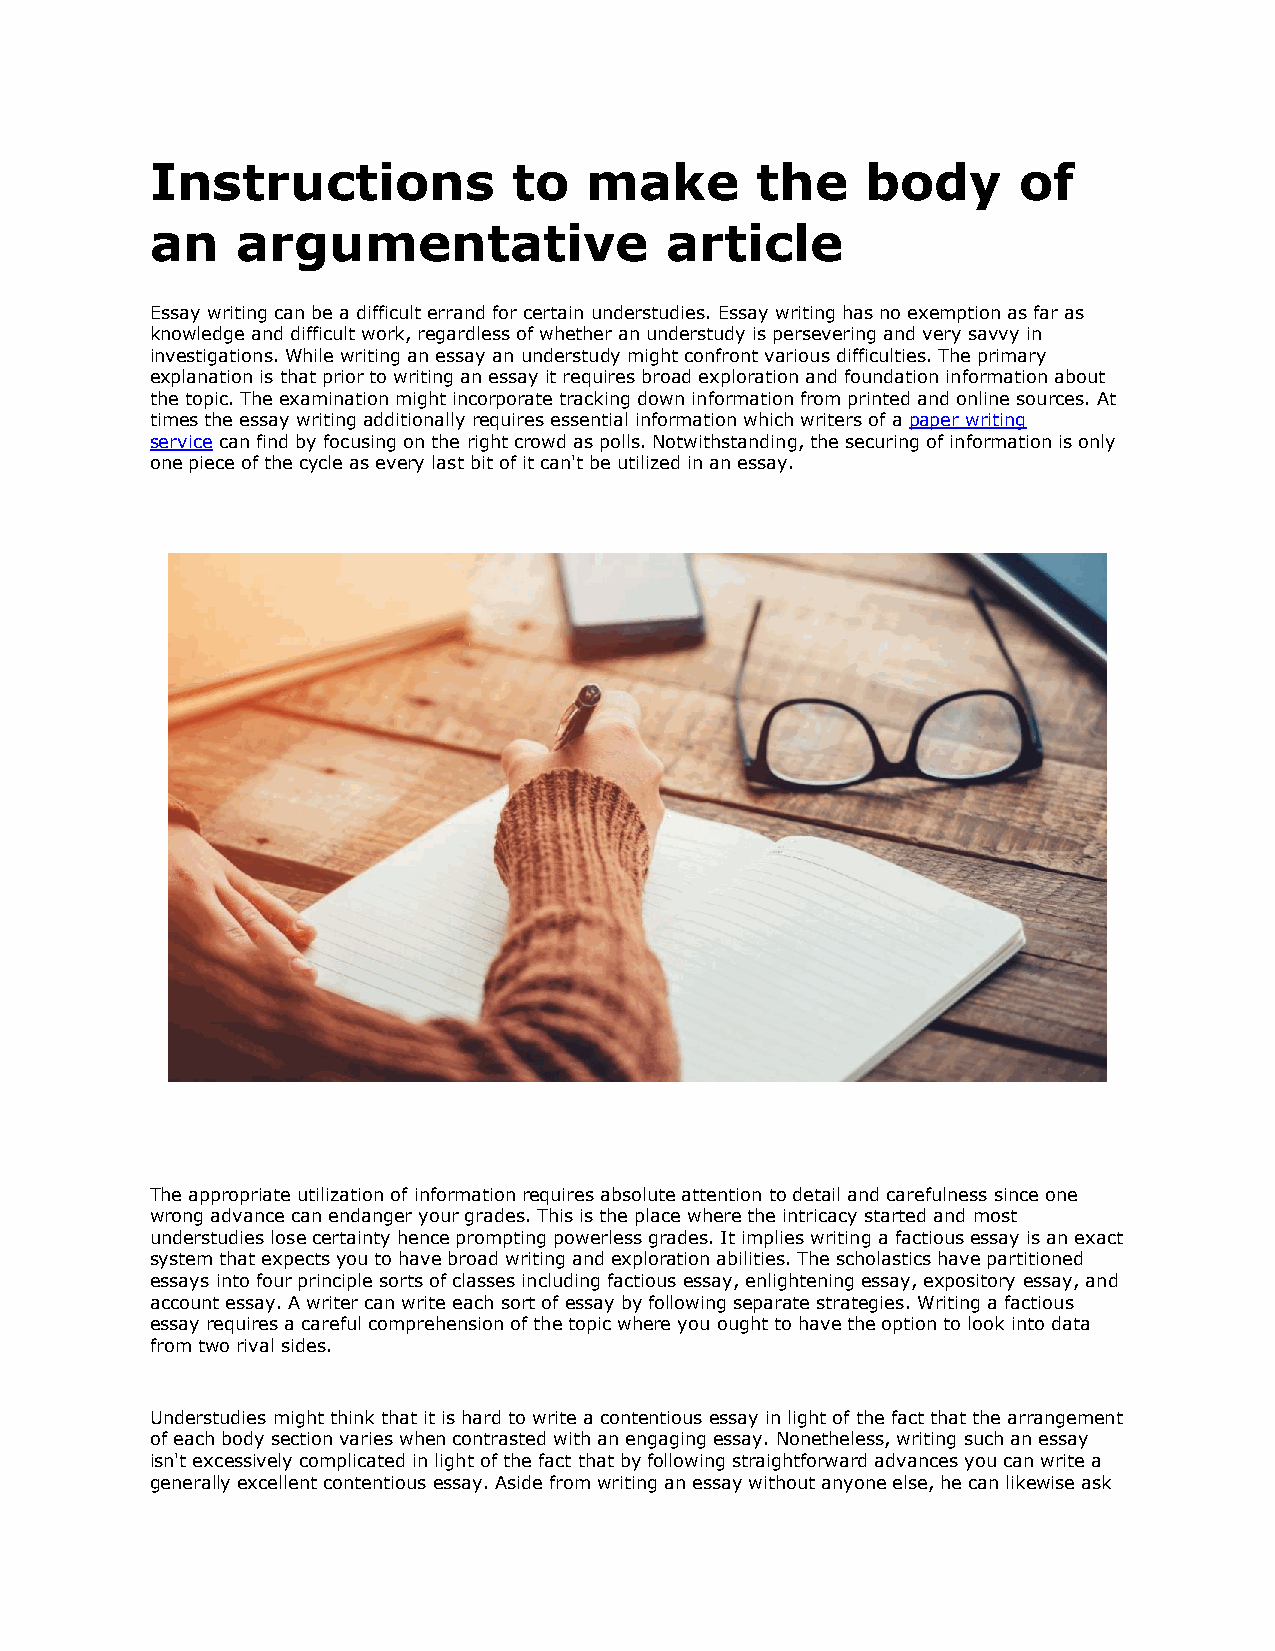
Instructions            to   make       the    body      of
 an    argumentative               article
 Essay writing can be a difficult errand for certain understudies. Essay writing has no exemption as far as
 knowledge and difficult work, regardless of whether an understudy is persevering and very savvy in
 investigations. While writing an essay an understudy might confront various difficulties. The primary
 explanation is that prior to writing an essay it requires broad exploration and foundation information about
 the topic. The examination might incorporate tracking down information from printed and online sources. At
 times the essay writing additionally requires essential information which writers of a paper writing
 service can find by focusing on the right crowd as polls. Notwithstanding, the securing of information is only
 one piece of the cycle as every last bit of it can't be utilized in an essay.
 The appropriate utilization of information requires absolute attention to detail and carefulness since one
 wrong advance can endanger your grades. This is the place where the intricacy started and most
 understudies lose certainty hence prompting powerless grades. It implies writing a factious essay is an exact
 system that expects you to have broad writing and exploration abilities. The scholastics have partitioned
 essays into four principle sorts of classes including factious essay, enlightening essay, expository essay, and
 account essay. A writer can write each sort of essay by following separate strategies. Writing a factious
 essay requires a careful comprehension of the topic where you ought to have the option to look into data
 from two rival sides.
 Understudies might think that it is hard to write a contentious essay in light of the fact that the arrangement
 of each body section varies when contrasted with an engaging essay. Nonetheless, writing such an essay
 isn't excessively complicated in light of the fact that by following straightforward advances you can write a
 generally excellent contentious essay. Aside from writing an essay without anyone else, he can likewise ask